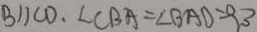
B / / C D . \angle C B A = \angle B A D = 9 3